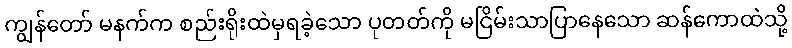
ကျွန်တော် မနက်က စည်းရိုးထဲမှရခဲ့သော ပုတတ်ကို မငြိမ်းသာပြာနေသော ဆန်ကောထဲသို့